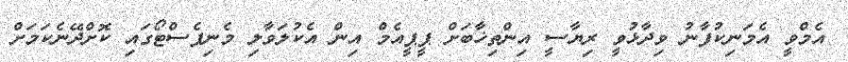
އެމްވީ އެމަނިކުފާނު ވިދާޅުވީ ރިޔާސީ އިންތިޚާބަށް ޕީޕީއެމް އިން އެކުލަވާލި މެނިފެސްޓޯގައި ކޮށްދޭނެކަމަށް